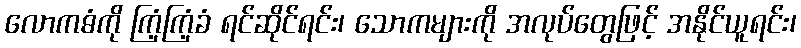
လောကဓံကို ကြံ့ကြံ့ခံ ရင်ဆိုင်ရင်း၊ သောကများကို အလုပ်တွေဖြင့် အနိုင်ယူရင်း၊